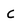
Character: C